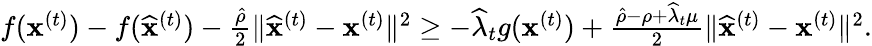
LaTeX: \begin{array}{r}{f({\mathbf x}^{(t)})-f(\widehat{\mathbf x}^{(t)})-\frac{\hat{\rho}}{2}\| \widehat{\mathbf x}^{(t)}-{\mathbf x}^{(t)}\| ^{2}\geq-\widehat\lambda_{t}g({\mathbf x}^{(t)})+\frac{\hat{\rho}-\rho+\widehat\lambda_{t}\mu}{2}\| \widehat{\mathbf x}^{(t)}-{\mathbf x}^{(t)}\| ^{2}.}\end{array}